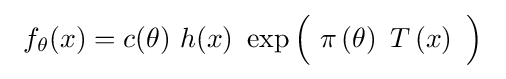
\ f_{\theta }(x)=c(\theta )\ h(x)\ \exp {\Bigl (}\ \pi \left(\theta \right)\ T\left(x\right)\ {\Bigr )}\